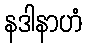
နဒါနာဟံ